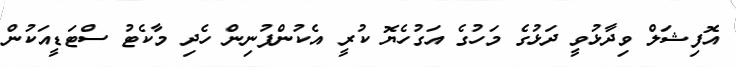
އޮފިޝަލް ވިދާޅުވީ ދަޅުގެ މަހުގެ އަގުހެޔޮ ކުރީ އެކުންފުނިން ހެދި މާކެޓު ސްޓަޑީއަކުން